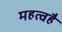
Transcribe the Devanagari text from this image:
महत्वहै